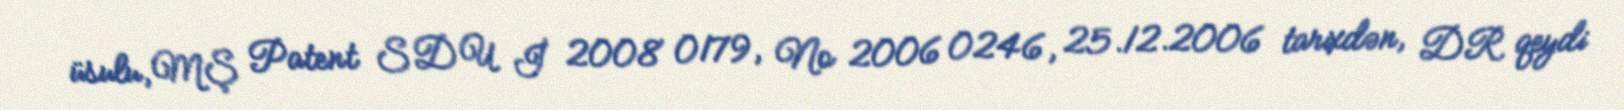
üsulu, MŞ Patent SDU İ 2008 0179, № 2006 0246, 25.12.2006 tarixdən, DR qeydi